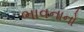
ભાવનાનો